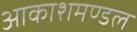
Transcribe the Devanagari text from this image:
आकाशमण्डल